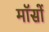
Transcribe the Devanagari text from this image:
मॉसों